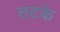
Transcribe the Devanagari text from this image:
तटके